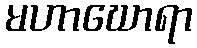
မဟာဃောရာ